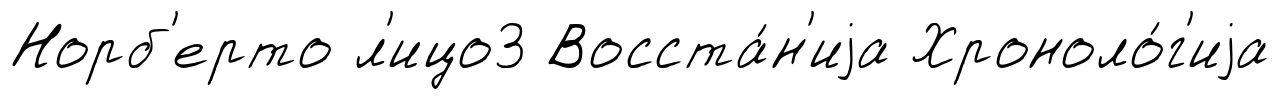
Норб'ерто л'ицо3 Восста́н'иjа Хроноло́г'иjа